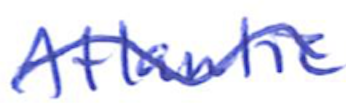
Text: Atlantic
Cross-out: wave
Writing tool: ballpoint